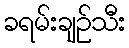
ခရမ်းချဉ်သီး